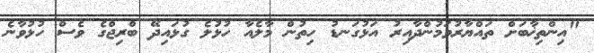
"އިންތިޚާބަށް ތައްޔާރުވަމުންދާއިރު އަޅުގަނޑު ހިތުން މާލެއާ ހުޅުލެ ގުޅައިދޭ ބްރިޖްގެ ވެސް ހުޅުވާނެ